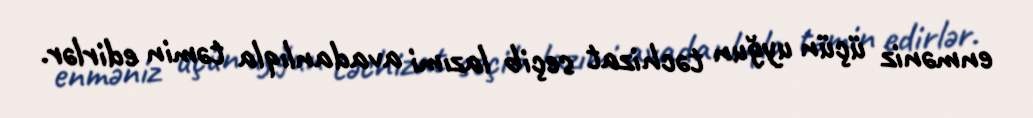
enməniz üçün uyğun təchizat seçib lazımi avadanlıqla təmin edirlər.